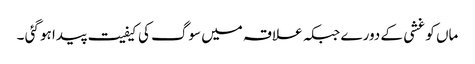
ماں کو غشی کے دورے جبکہ علاقہ میں سوگ کی کیفیت پیدا ہو گئی ۔